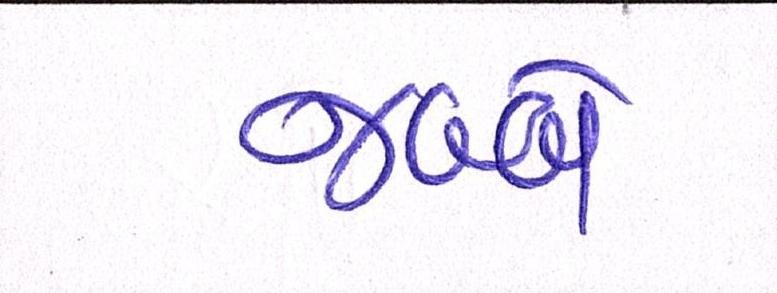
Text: જબ્બે